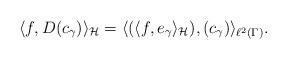
LaTeX: \begin{align*}\langle f, D(c_\gamma) \rangle_\mathcal{H} = \langle (\langle f, e_\gamma \rangle_\mathcal{H}), (c_\gamma) \rangle_{\ell^2(\Gamma)}.\end{align*}